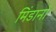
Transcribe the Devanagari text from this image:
मिंडानो